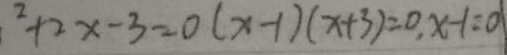
^ { 2 } + 2 x - 3 = 0 ( x - 1 ) ( x + 3 ) = 0 , x - 1 = 0